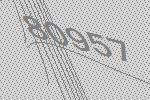
80957